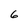
Character: 6